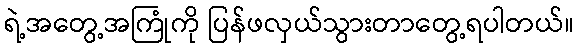
ရဲ့အတွေ့အကြုံကို ပြန်ဖလှယ်သွားတာတွေ့ရပါတယ်။